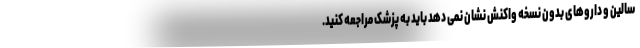
سالین و داروهای بدون نسخه واکنش نشان نمی دهد باید به پزشک مراجعه کنید.